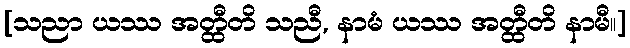
[သညာ ယဿ အတ္ထီတိ သညီ, နာမံ ယဿ အတ္ထီတိ နာမီ။]